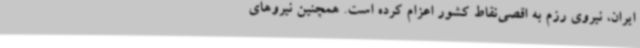
ایران، نیروی رزم به اقصی‌نقاط کشور اعزام کرده است. همچنین نیروهای